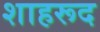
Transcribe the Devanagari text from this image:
शाहरूद